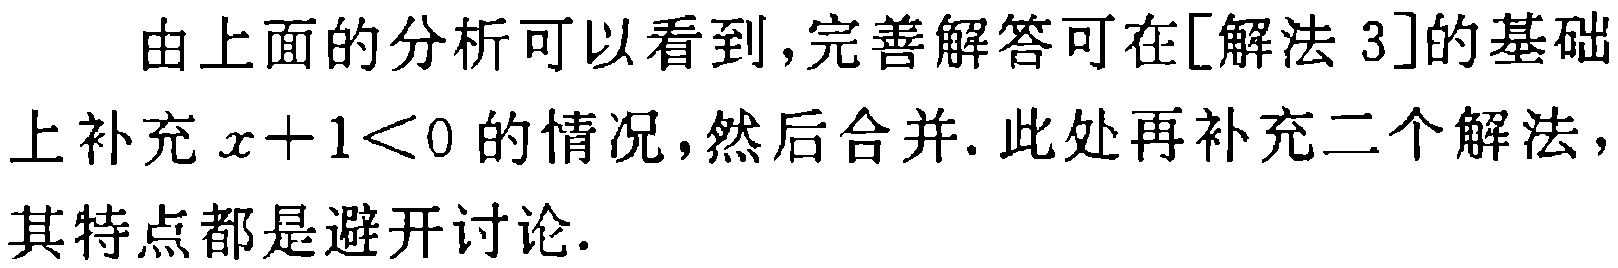
由上面的分析可以看到，完善解答可在[解法 3]的基础上补充\(x + 1 < 0\)的情况，然后合并. 此处再补充二个解法，其特点都是避开讨论.